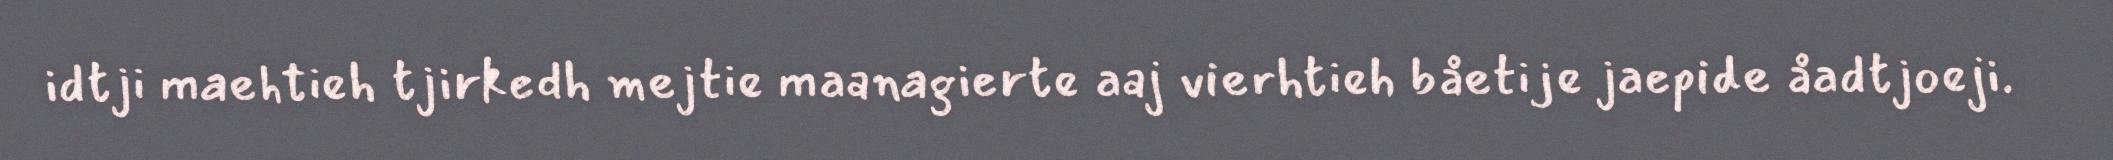
idtji maehtieh tjirkedh mejtie maanagierte aaj vierhtieh båetije jaepide åadtjoeji.